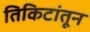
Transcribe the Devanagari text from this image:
तिकिटांतून